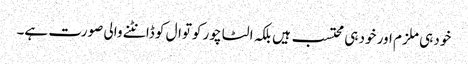
خود ہی ملزم اور خود ہی محتسب ہیں بلکہ الٹا چور کوتوال کو ڈانٹنے والی صورت ہے۔